Vaccination in Bombay 1874-1876 - 1874-1876
Year: 1874
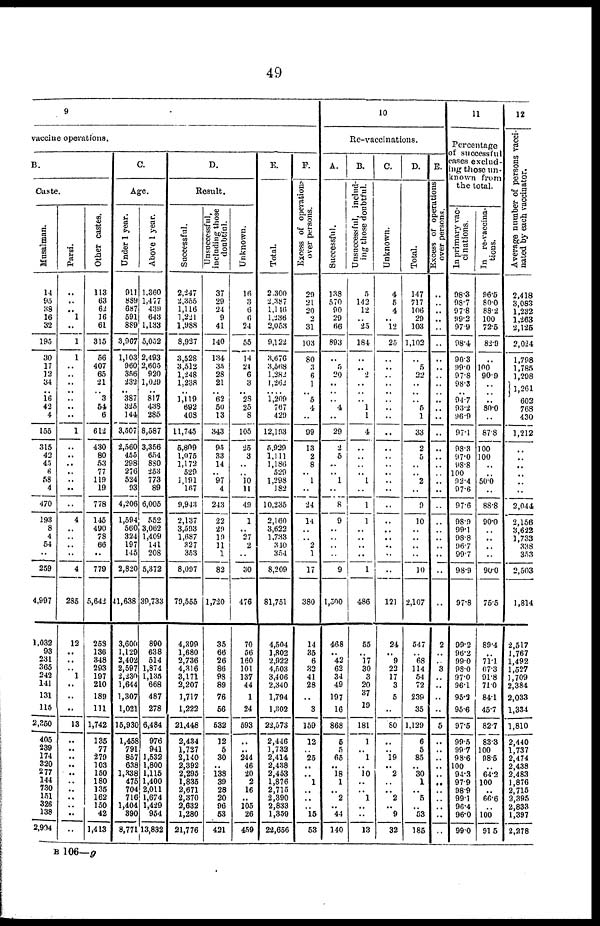
49
9
vaccine operations.
B.
Caste.
Musalman.
14
95
38
16
32
195
30
17
12
34
..
16
42
4
155
315
42
45
6
58
4
470
193
8
4
54
..
259
4,997
1,032
93
231
365
242
141
131
115
2,350
405
239
174
320
277
144
730
151
326
138
2,904
Parsi.
..
..
.. 1
..
1
1
..
..
..
..
..
..
..
1
..
..
..
..
..
..
..
4
..
..
..
..
4
285
12
..
..
..
1
..
..
..
13
..
..
..
..
..
..
..
..
..
..
..
Other castes.
113
63
62
16
61
315
56
407
65
21
..
3
54
6
612
430
80
53
77
119
19
778
145
490
78
66
..
779
5,642
253
136
348
293
197
210
189
111
1,742
135
77
279
103
150
180
135
162
150
42
1,413
C.
Age.
Under 1 year.
911
889
687
591
889
3,967
1,103
960
356
232
..
387
325
144
3,507
2,560
455
298
276
524
93
4,206
1,594
560
324
197
145
2,820
41,638
3,600
1,129
2,402
2,597
2,230
1,644
1,307
1,021
15,930
1,458
791
851
638
1,338
475
704
716
1,404
390
8,771
Above 1 year.
1,360
1,477
439
643
1,133
5,052
2,493
2,605
920
1,029
..
817
438
285
8,587
3,356
654
880
253
773
89
6,005
552
3,062
1,409
141
208
5,372
39,733
890
638
514
1,874
1,135
668
487
278
6,484
976
941
1,532
1,800
1,115
1,400
2,011
1,674
1,429
954
13,832
D.
Result.
Successful.
2,247
2,355
1,116
1,221
1,988
8,927
3,528
3,512
1,248
1,238
..
1,119
692
408
11,745
5,809
1,075
1,172
529
1,191
167
9,943
2,137
3,593
1,687
327
353
8,097
79,555
4,399
1,680
2,736
4,316
3,171
2,207
1,717
1,222
21,448
2,434
1,727
2,140
2,392
2,295
1,835
2,671
2,370
2,632
1,280
21,776
Unsuccessful,
including those
doubtful.
37
29
24
9
41
140
134
35
28
21
..
62
50
13
343
95
33
14
..
97
4
243
22
29
19
11
1
82
1,720
35
66
26
86
98
89
76
56
532
12
5
30
..
138
39
28
20
96
53
421
Unknown.
16
3
6
6
24
55
14
24
6
3
.. 28
25
8
105
25
3
..
..
10
11
49
1
.. 27
2
..
30
476
70
56
160
101
137
44
1
24
593
..
..
244
46
20
2
16
..
105
26
459
E.
Total.
2,300
2,387
1,146
1,236
2,053
9,122
3,676
3,568
1,282
1,262
..
1,209
767
429
12,193
5,929
1,111
1,186
529
1,298
182
10,235
2,160
3,622
1,733
340
354
8,209
81,751
4,504
1,802
2,922
4,503
3,406
2,340
1,794
1,302
22,573
2,446
1,732
2,414
2,438
2,453
1,876
2,715
2,390
2,833
1,359
22,656
F.
Excess of operations
over persons.
29
21
20
2
31
103
80
3
6
1
..
5
4
..
99
13
2
8
1
..
24
14
..
..
2
1
17
380
14
35
6
32
41
28
..
3
159
12
..
25
..
..
1
..
..
..
15
53
10
Re-vaccinations.
A.
Successful.
138
570
90
29
66
893
..
5
20
..
..
..
4
..
29
2
5
..
..
1
..
8
9
..
..
..
..
9
1,500
468
.. 42
62
34
49
197
16
868
5
5
65
.. 18
1
.. 2
.. 44
140
B.
Unsuccessful, includ-
ing those doubtful.
5
142
12
..
25
184
..
..
2
..
..
..
1
1
4
..
..
..
..
1
..
1
1
..
..
..
..
1
486
55
.. 17
30
3
20
37
19
181
1
..
1
..
10
..
..
1
..
..
13
C.
Unknown.
4
5
4
..
12
25
..
..
..
..
..
..
..
..
..
..
..
..
..
..
..
..
..
..
..
..
..
..
121
24
.. 9
22
17
3
5
..
80
..
..
19
.. 2
..
..
2
.. 9
32
D.
Total.
147
717
106
29
103
1,102
..
5
22
..
..
..
5
1
33
2
5
..
..
2
..
9
10
..
..
..
..
10
2,107
547
..
68
114
54
72
239
35
1,129
6
5
85
.. 30
1
..
5
..
53
185
E.
Excess of operations
over persons.
..
..
..
..
..
..
..
..
..
..
..
..
..
..
..
..
..
..
..
..
..
..
..
..
..
..
..
2
..
..
3
..
..
..
..
5
..
..
..
..
..
..
..
..
..
..
..
11
Percentage
of successful
cases exclud-
ing those un-
known from
the total.
In primary vac-
cinations.
98.3
98.7
97.8
99.2
97.9
98.4
96.3
99.0
97.8
98.3
..
94.7
93.2
96.9
97.1
98.3
97.0
98.8
100
92.4
97.6
97.6
98.9
99.1
98.8
96.7
99.7
98.9
97.8
99.2
96.2
99.0
98.0
97.0
96.1
95.2
95.6
97.5
99.5
99.7
98.6
100
94.3
97.9
98.9
99.1
96.4
96.0
99.0
In re-vaccina-
tions.
96.5
80.0
88.2
100
72.5
82.9
..
100 90.9
..
..
..
80.0
..
87.8
100
100
..
..
50.0
..
88.8
90.0
..
..
..
..
90.0
75.5
89.4
..
71.1
67.3
91.8
71.0
84.1
45.7
82.7
83.3
100
98.5
..
64.2
100
..
66.6
..
100
91.5
12
Average number of persons vacci-
nated by each vaccinator.
2,418
3,083
1,232
1,263
2,125
2,024
1,798
1,785
1,298
1,261
602
768
430
1,212
..
..
..
..
..
..
2,044
2,156
3,622
1,733
338
353
2,503
1,814
2,517
1,767
1,492
1,527
1,709
2,384
2,033
1,334
1,810
2,440
1,737
2,474
2,438
2,483
1,876
2,715
2,395
2,833
1,397
2,278
B 106—g